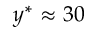
y ^ { * } \approx 3 0